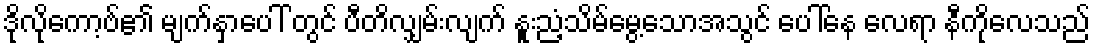
ဒိုလိုကော့ဗ်၏ မျက်နှာပေါ် တွင် ပီတိလျှမ်းလျက် နူးညံ့သိမ်မွေ့သောအသွင် ပေါ်နေ လေရာ နီကိုလေသည်